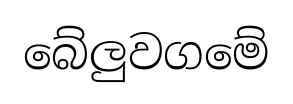
බේලුවගමේ